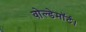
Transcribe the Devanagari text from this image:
वोल्डेमॉर्ट।